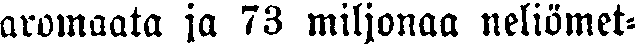
aromaata ja 73 miljonaa neliömet-